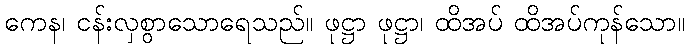
ကေန၊ ငန်းလှစွာသောရေသည်။ ဖုဋ္ဌာ ဖုဋ္ဌာ၊ ထိအပ် ထိအပ်ကုန်သော။